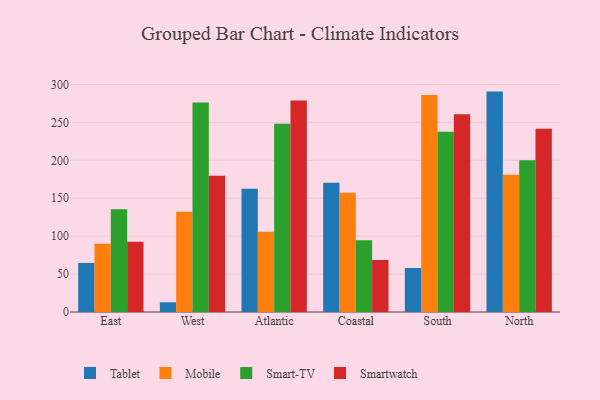
{"axis": {"x": "Region", "y": "Backlog"}, "legend": ["Mobile", "Smart-TV", "Smartwatch", "Tablet"], "data": [{"x": "East", "y": 64.7, "type": "Tablet"}, {"x": "East", "y": 89.9, "type": "Mobile"}, {"x": "East", "y": 135.5, "type": "Smart-TV"}, {"x": "East", "y": 92.7, "type": "Smartwatch"}, {"x": "West", "y": 12.8, "type": "Tablet"}, {"x": "West", "y": 132.3, "type": "Mobile"}, {"x": "West", "y": 276.1, "type": "Smart-TV"}, {"x": "West", "y": 179.6, "type": "Smartwatch"}, {"x": "Atlantic", "y": 162.5, "type": "Tablet"}, {"x": "Atlantic", "y": 105.9, "type": "Mobile"}, {"x": "Atlantic", "y": 248.1, "type": "Smart-TV"}, {"x": "Atlantic", "y": 278.8, "type": "Smartwatch"}, {"x": "Coastal", "y": 170.3, "type": "Tablet"}, {"x": "Coastal", "y": 157.2, "type": "Mobile"}, {"x": "Coastal", "y": 94.6, "type": "Smart-TV"}, {"x": "Coastal", "y": 68.7, "type": "Smartwatch"}, {"x": "South", "y": 58.0, "type": "Tablet"}, {"x": "South", "y": 286.0, "type": "Mobile"}, {"x": "South", "y": 237.8, "type": "Smart-TV"}, {"x": "South", "y": 260.7, "type": "Smartwatch"}, {"x": "North", "y": 290.6, "type": "Tablet"}, {"x": "North", "y": 180.9, "type": "Mobile"}, {"x": "North", "y": 200.1, "type": "Smart-TV"}, {"x": "North", "y": 241.5, "type": "Smartwatch"}]}